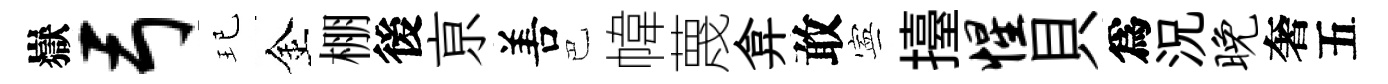
嶽弓玘金棚後亰𠵊巴幃蔑弇敢寕擡惺貝爲況晚奢五